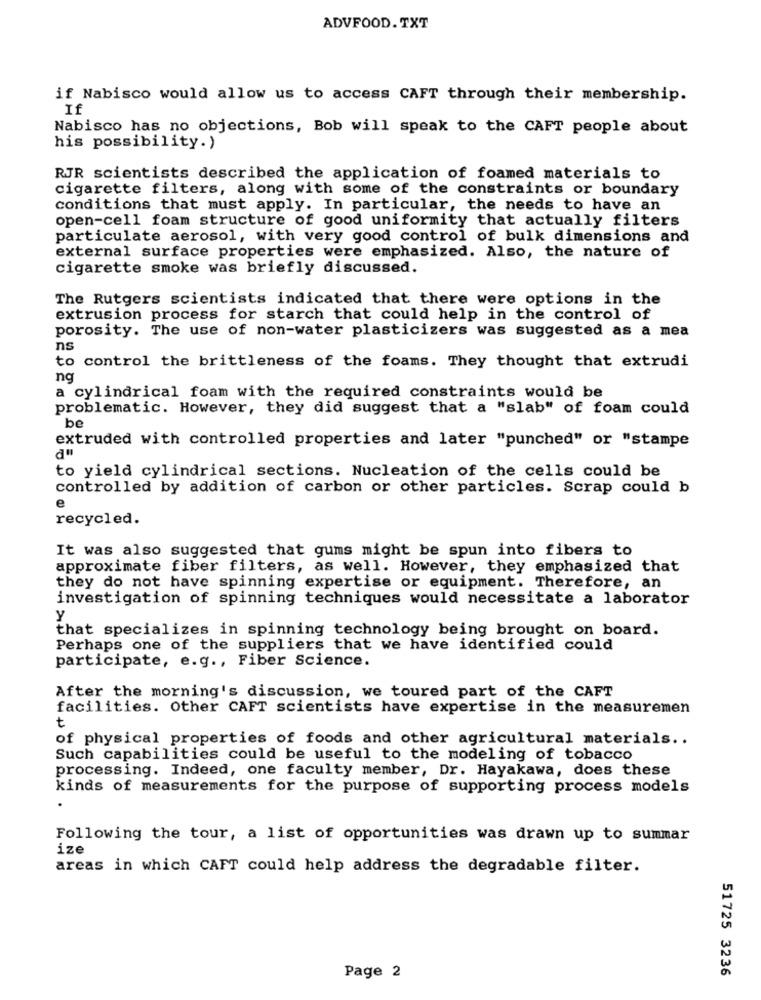
ADVFOOD. TXT
if Nabisco would allow us to access CAFT through their membership.
If
Nabisco has no objections, Bob will speak to the CAFT people about
his possibility.)
RJR scientists described the application of foamed materials to
cigarette filters, along with some of the constraints or boundary
conditions that must apply. In particular, the needs to have an
open-cell foam structure of good uniformity that actually filters
particulate aerosol, with very good control of bulk dimensions and
external surface properties were emphasized. Also, the nature of
cigarette smoke was briefly discussed.
The Rutgers scientists indicated that there were options in the
extrusion process for starch that could help in the control of
porosity. The use of non-water plasticizers was suggested as a mea
ns
to control the brittleness of the foams. They thought that extrudi
ng
a cylindrical foam with the required constraints would be
problematic. However, they did suggest that a "slab" of foam could
be
extruded with controlled properties and later "punched" or "stampe
to yield cylindrical sections. Nucleation of the cells could be
controlled by addition of carbon or other particles. Scrap could b
e
recycled.
It was also suggested that gums might be spun into fibers to
approximate fiber filters, as well. However, they emphasized that
they do not have spinning expertise or equipment. Therefore, an
investigation of spinning techniques would necessitate a laborator
that specializes in spinning technology being brought on board.
Perhaps one of the suppliers that we have identified could
participate, e.g ., Fiber Science.
After the morning's discussion, we toured part of the CAFT
facilities. Other CAFT scientists have expertise in the measuremen
t
of physical properties of foods and other agricultural materials ..
Such capabilities could be useful to the modeling of tobacco
processing. Indeed, one faculty member, Dr. Hayakawa, does these
kinds of measurements for the purpose of supporting process models
Following the tour, a list of opportunities was drawn up to summar
ize
areas in which CAFT could help address the degradable filter.
51725 3236
Page 2